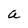
Character: a